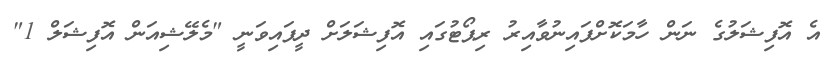
އެ އޮފިޝަލުގެ ނަން ހާމަކޮށްފައިނުވާއިރު ރިޕޯޓުގައި އޮފިޝަލަށް ދީފައިވަނީ "މެލޭޝިއަން އޮފިޝަލް 1"